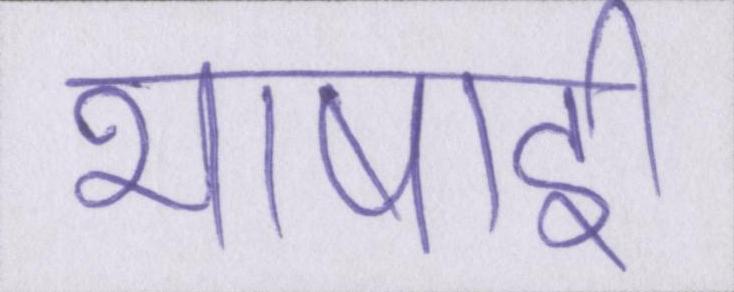
भाषाई